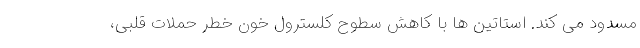
مسدود می کند. استاتین ها با کاهش سطوح کلسترول خون خطر حملات قلبی،